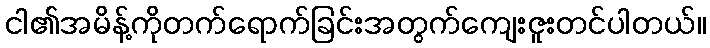
ငါ၏အမိန့်ကိုတက်ရောက်ခြင်းအတွက်ကျေးဇူးတင်ပါတယ်။